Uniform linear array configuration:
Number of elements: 12
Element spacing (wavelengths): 0.25
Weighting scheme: uniform
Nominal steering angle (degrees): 45
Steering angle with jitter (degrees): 44.392
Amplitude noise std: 0.05
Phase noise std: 0.05

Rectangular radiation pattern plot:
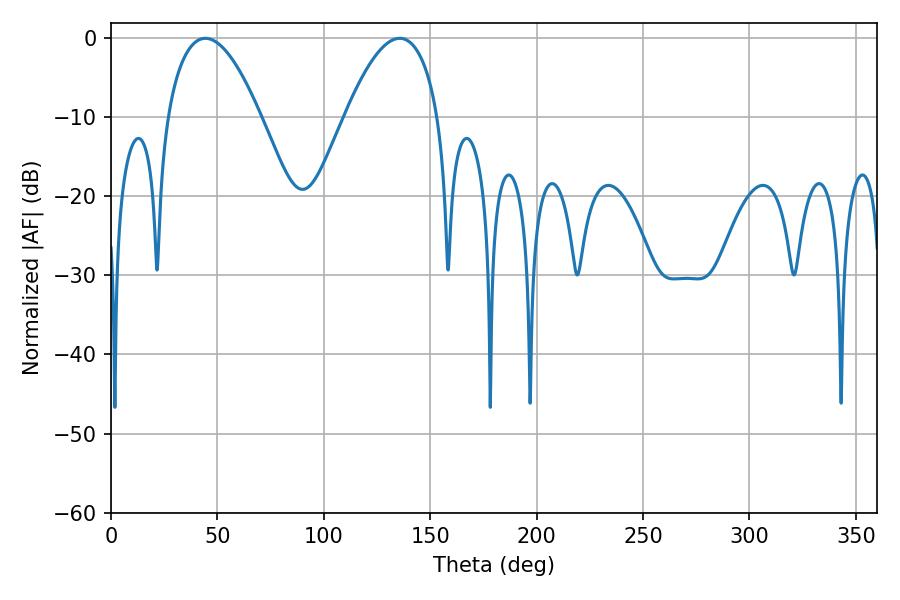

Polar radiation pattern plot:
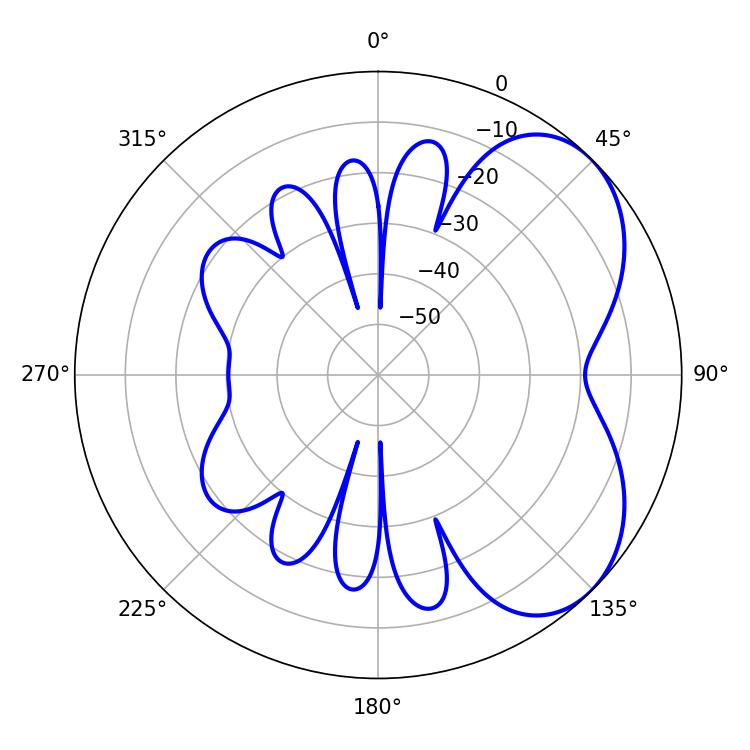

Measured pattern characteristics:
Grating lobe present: FALSE
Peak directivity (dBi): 4.906
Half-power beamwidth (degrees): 24.3
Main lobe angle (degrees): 44.28